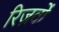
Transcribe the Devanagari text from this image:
रिज़र्वों